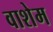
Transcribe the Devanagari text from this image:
वाशेम